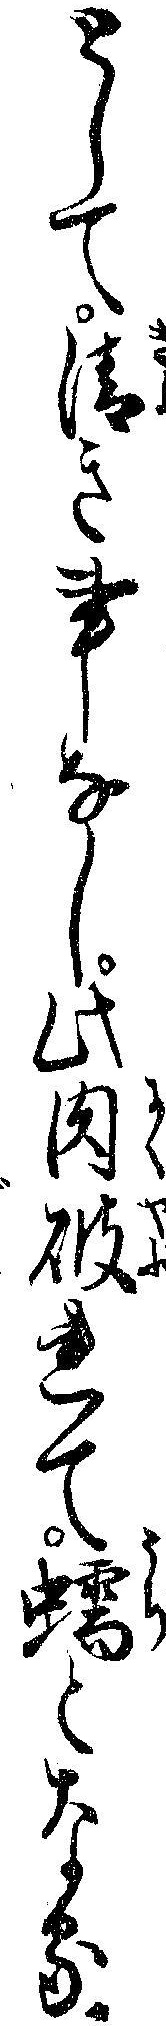
として清き事なし此肉破れて蠕となる